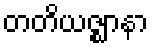
တတိယဇ္ဈာနာ